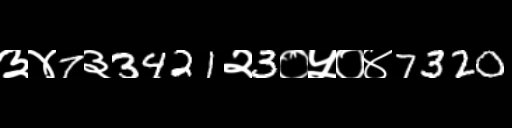
Text: ३४7३3421२3०५०४7320